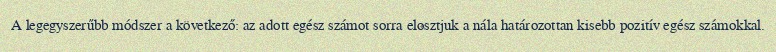
A legegyszerűbb módszer a következő: az adott egész számot sorra elosztjuk a nála határozottan kisebb pozitív egész számokkal.